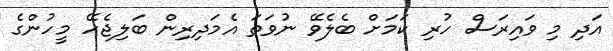
އަދި މި ވައިރަސް ހުރި ކަމަށް ބެލެވޭ ނުވަތަ އެމަދިރިން ބަލިޖެހޭ މީހުންގެ